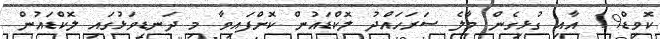
ކޮވިޑް19 އާއި ގުޅިގެން މާލެ ސަރަހައްދު ލޮކްޑައުން ކޮށްފައިވާ މި ދަނޑިވަޅުގައި ލޮކްޑައުން